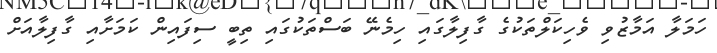
ހަމަލާ އަމާޒުވި ވެހިކަލްތަކުގެ ގާފިލާގައި ހިމެނޭ ބަސްތަކުގައި ތިބީ ސިފައިން ކަމަށާއި ގާފިލާއަށް